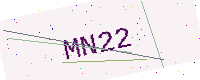
Text: MN22